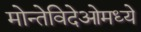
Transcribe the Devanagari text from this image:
मोन्तेविदेओमध्ये